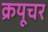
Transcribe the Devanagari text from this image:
क्रयूचर